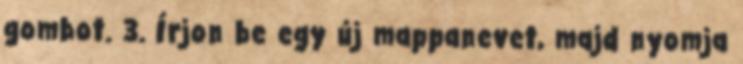
gombot. 3. Írjon be egy új mappanevet, majd nyomja